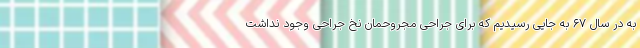
به در سال ۶۷ به جایی رسیدیم که برای جراحی مجروحمان نخ جراحی وجود نداشت